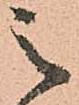
之